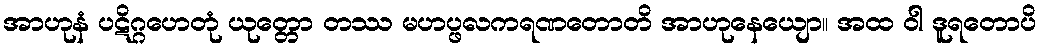
အာဟုနံ ပဋိဂ္ဂဟေတုံ ယုတ္တော တဿ မဟပ္ဖလကရဏတောတိ အာဟုနေယျော။ အထ ဝါ ဒူရတောပိ